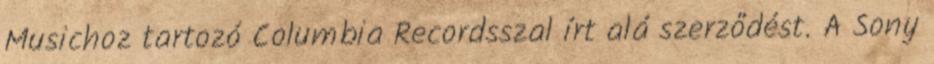
Musichoz tartozó Columbia Recordsszal írt alá szerződést. A Sony